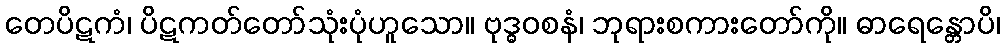
တေပိဋကံ၊ ပိဋကတ်တော်သုံးပုံဟူသော။ ဗုဒ္ဓဝစနံ၊ ဘုရားစကားတော်ကို။ ဓာရေန္တောပိ၊